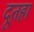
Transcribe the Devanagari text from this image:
दूतहा